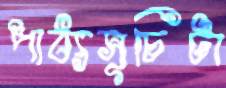
পাঠ্যসূচিটা